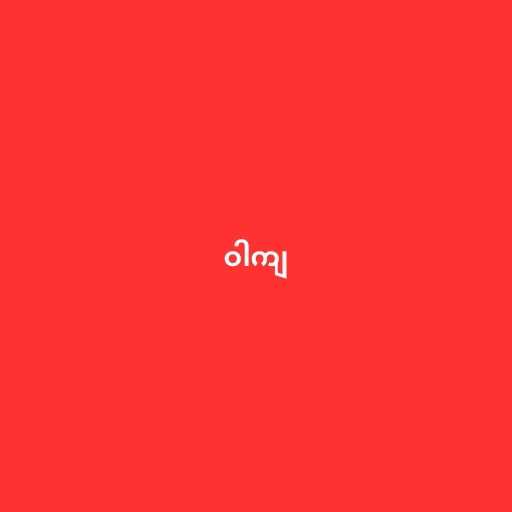
ဝါကျ